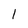
Character: l